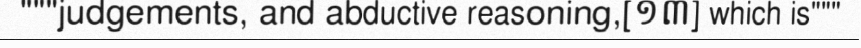
"""judgements, and abductive reasoning,[១៣] which is"""